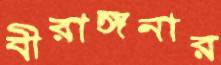
বীরাঙ্গনার